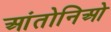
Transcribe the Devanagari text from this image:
आंतोनिओ